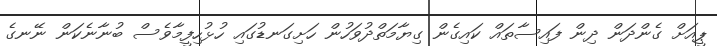
ޕީއަށް ގެންދަން ދިން ފައިސާތައް ކައިގެން ގިޔާމަތްދުވަހުން ހަށިގަނޑުގައި ހުޅުހިފީމާވެސް ބުނާނެކަން ނޭނގެ